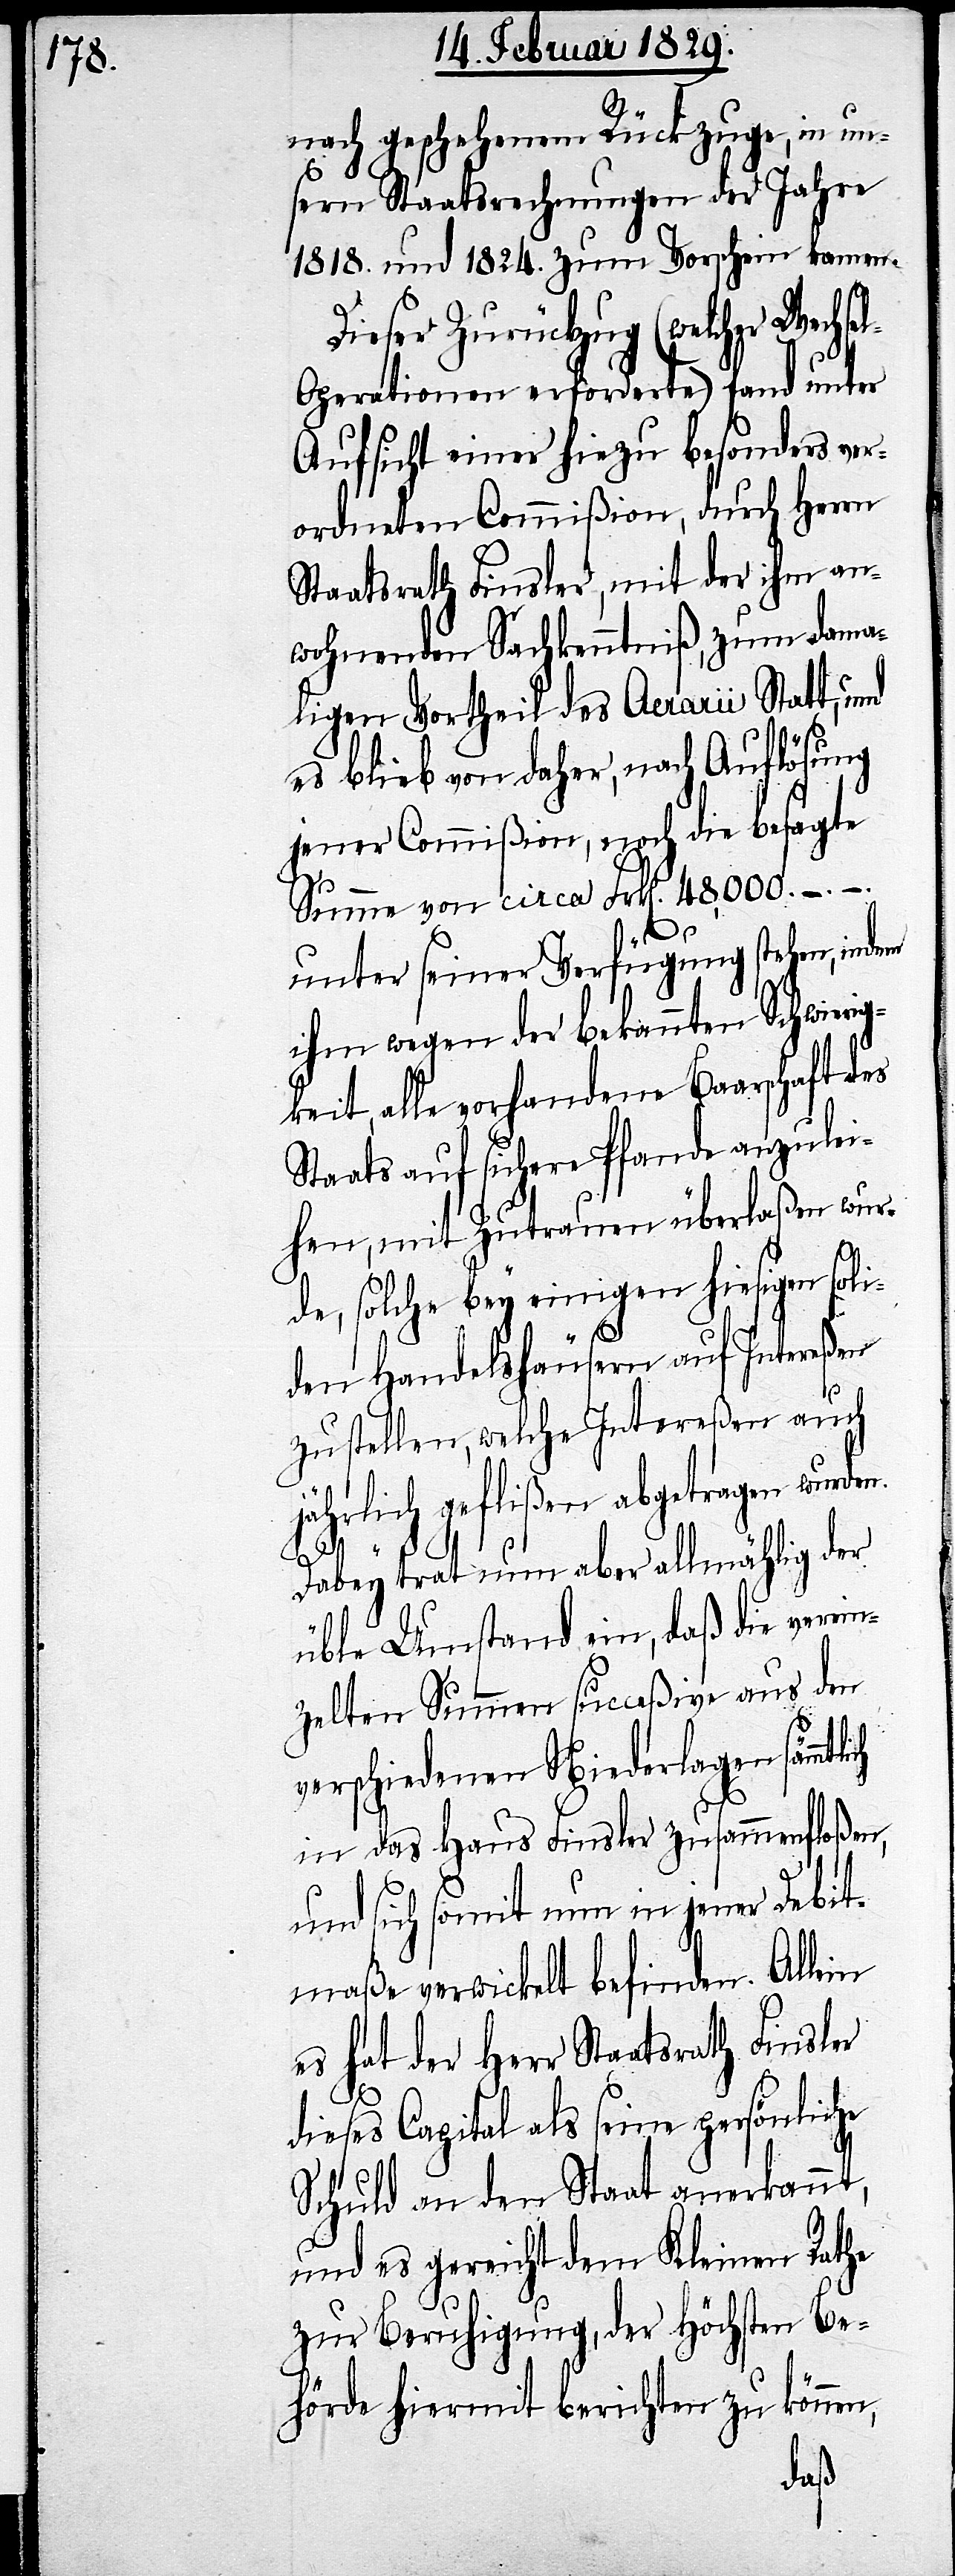
nach geschehenem Rückzuge, in un¬
sern Staatsrechnungen der Jahre
1818. und 1824. zum Vorschein kamen.
Dieser Zurückgang (welcher Wechse¬
l-Operationen erforderte) fand unter
Aufsicht einer hiezu besonders ver¬
ordneten Commißion, durch Herrn
Staatsrath Finsler, mit der ihm an¬
wohnenden Sachkenntniß, zum dama¬
ligen Vortheil des Aerarii Statt, und
es blieb von daher, nach Auflösung
jener Commißion, noch die besagte
Summe von circa Frk[en]. 48,000.–.–.
kei¬
unter seiner Verfügung stehen, indem
ihm wegen der bekannten Schwierig¬
ten, alle vorhandene Baarschaft des
Staats auf sichere Pfande anzulei¬
hen, mit Zutrauen überlaßen wur¬
de, solche bey einigen hiesigen soli¬
den Handelshäusern auf Intereßen
ich
zu stellen, welche Intereßen auch
jährlich geflißen abgetragen wurden.
Dabey trat nun aber allmählig der
üble Umstand ein, daß die verein¬
zelten Summen succeßive aus den
verschiedenen Niederlagen sämmtl¬
in das Haus Finsler zusammenfloßen,
und sich somit nun in jener Debit¬
maße verwickelt befinden. Allein
es hat der Herr Staatsrath Finsler
dieses Capital als seine persönliche
Schuld an den Staat anerkannt,
und es gereicht dem Kleinen Rathe
zur Beruhigung, der Höchsten Be¬
hörde hiermit berichten zu können,